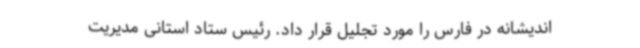
اندیشانه در فارس را مورد تجلیل قرار داد. رئیس ستاد استانی مدیریت